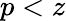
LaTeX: p<z